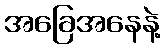
အခြေအနေနဲ့